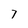
Character: 7